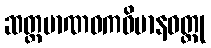
ဆတ္တမာဏဝကဝိမာနဝတ္ထု